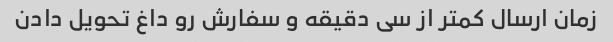
زمان ارسال کمتر از سی دقیقه و سفارش رو داغ تحویل دادن